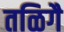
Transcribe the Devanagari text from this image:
तळिगै